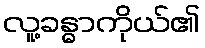
လူ့ခန္ဓာကိုယ်၏